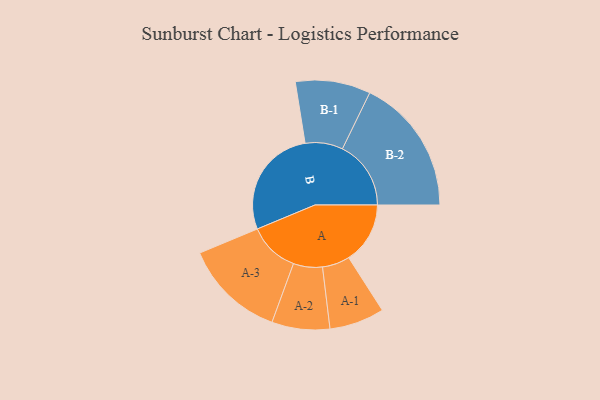
{"axis": {"x": "Segment", "y": "Value"}, "legend": ["", "A", "B"], "data": [{"x": "A", "y": 250, "type": ""}, {"x": "B", "y": 451, "type": ""}, {"x": "A-1", "y": 112, "type": "A"}, {"x": "A-2", "y": 118, "type": "A"}, {"x": "A-3", "y": 206, "type": "A"}, {"x": "B-1", "y": 153, "type": "B"}, {"x": "B-2", "y": 279, "type": "B"}]}